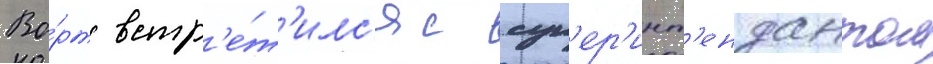
Во́рт встр'е́т'илс'я с суп'ер'инт'ендантом